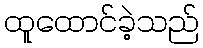
ထူထောင်ခဲ့သည်